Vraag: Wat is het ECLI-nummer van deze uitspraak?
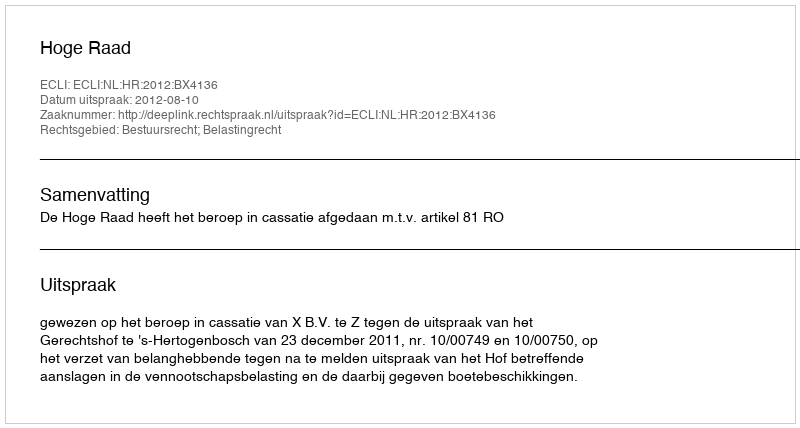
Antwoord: ECLI:NL:HR:2012:BX4136